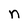
Character: n